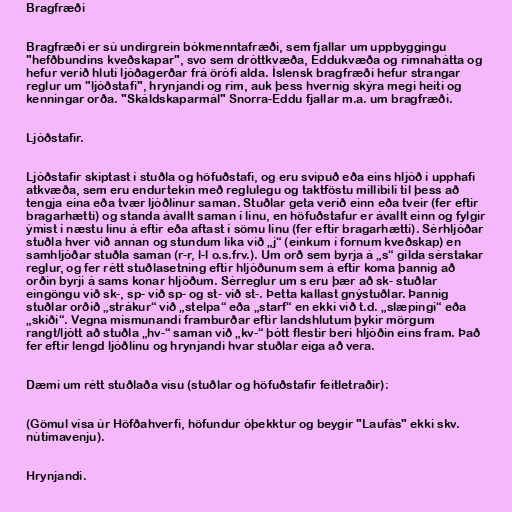
Bragfræði

Bragfræði er sú undirgrein bókmenntafræði, sem fjallar um uppbyggingu
"hefðbundins kveðskapar", svo sem dróttkvæða, Eddukvæða og rímnahátta og
hefur verið hluti ljóðagerðar frá örófi alda. Íslensk bragfræði hefur strangar
reglur um "ljóðstafi", hrynjandi og rím, auk þess hvernig skýra megi heiti og
kenningar orða. "Skáldskaparmál" Snorra-Eddu fjallar m.a. um bragfræði.

Ljóðstafir.

Ljóðstafir skiptast í stuðla og höfuðstafi, og eru svipuð eða eins hljóð í upphafi
atkvæða, sem eru endurtekin með reglulegu og taktföstu millibili til þess að
tengja eina eða tvær ljóðlínur saman. Stuðlar geta verið einn eða tveir (fer eftir
bragarhætti) og standa ávallt saman í línu, en höfuðstafur er ávallt einn og fylgir
ýmist í næstu línu á eftir eða aftast í sömu línu (fer eftir bragarhætti). Sérhljóðar
stuðla hver við annan og stundum líka við „j“ (einkum í fornum kveðskap) en
samhljóðar stuðla saman (r-r, l-l o.s.frv.). Um orð sem byrja á „s“ gilda sérstakar
reglur, og fer rétt stuðlasetning eftir hljóðunum sem á eftir koma þannig að
orðin byrji á sams konar hljóðum. Sérreglur um s eru þær að sk- stuðlar
eingöngu við sk-, sp- við sp- og st- við st-. Þetta kallast gnýstuðlar. Þannig
stuðlar orðið „strákur“ við „stelpa“ eða „starf“ en ekki við t.d. „slæpingi“ eða
„skíði“. Vegna mismunandi framburðar eftir landshlutum þykir mörgum
rangt/ljótt að stuðla „hv-“ saman við „kv-“ þótt flestir beri hljóðin eins fram. Það
fer eftir lengd ljóðlínu og hrynjandi hvar stuðlar eiga að vera.

Dæmi um rétt stuðlaða vísu (stuðlar og höfuðstafir feitletraðir):

(Gömul vísa úr Höfðahverfi, höfundur óþekktur og beygir "Laufás" ekki skv.
nútímavenju).

Hrynjandi.